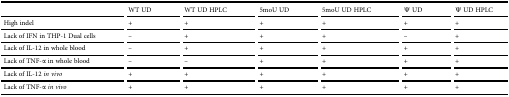
<table><thead><tr><td></td><td><b>WT UD</b></td><td><b>WT UD HPLC</b></td><td><b>5moU UD</b></td><td><b>5moU UD HPLC</b></td><td><b>Ψ UD</b></td><td><b>Ψ UD HPLC</b></td></tr></thead><tbody><tr><td>High indel</td><td>+</td><td>+</td><td>+</td><td>+</td><td>+</td><td>+</td></tr><tr><td>Lack of IFN in THP-1 Dual cells</td><td>–</td><td>+</td><td>+</td><td>+</td><td>–</td><td>+</td></tr><tr><td>Lack of IL-12 in whole blood</td><td>–</td><td>+</td><td>+</td><td>+</td><td>+</td><td>+</td></tr><tr><td>Lack of TNF-α in whole blood</td><td>–</td><td>–</td><td>+</td><td>+</td><td>+</td><td>+</td></tr><tr><td>Lack of IL-12 <i>in vivo</i></td><td>+</td><td>+</td><td>+</td><td>+</td><td>+</td><td>+</td></tr><tr><td>Lack of TNF-α <i>in vivo</i></td><td>+</td><td>+</td><td>+</td><td>+</td><td>+</td><td>+</td></tr></tbody></table>